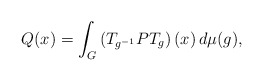
\begin{align*}Q(x)=\int_G\left(T_{g^{-1}}PT_g\right)(x)\, d\mu(g),\end{align*}